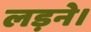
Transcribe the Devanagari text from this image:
लड़ने।